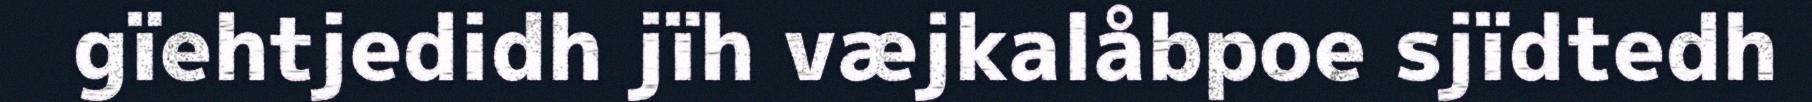
gïehtjedidh jïh væjkalåbpoe sjïdtedh